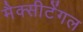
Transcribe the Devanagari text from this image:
मैक्‍सीटेंगल